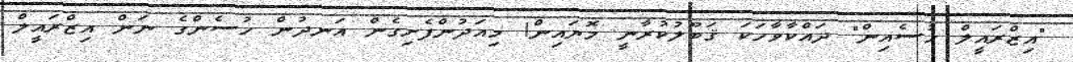
"އިޒްރައީލް ހުސެއިން" ދައްކާވާހަކަ ޤަބޫލުކުރާނީ މޮޔައިން! މިއަދުންފެށިގެން އަނދުން ހުސެންގެ ނަން އިޒްރައީލް